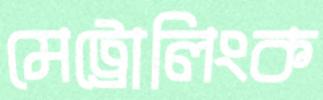
মেট্রোলিংক